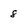
Character: 8